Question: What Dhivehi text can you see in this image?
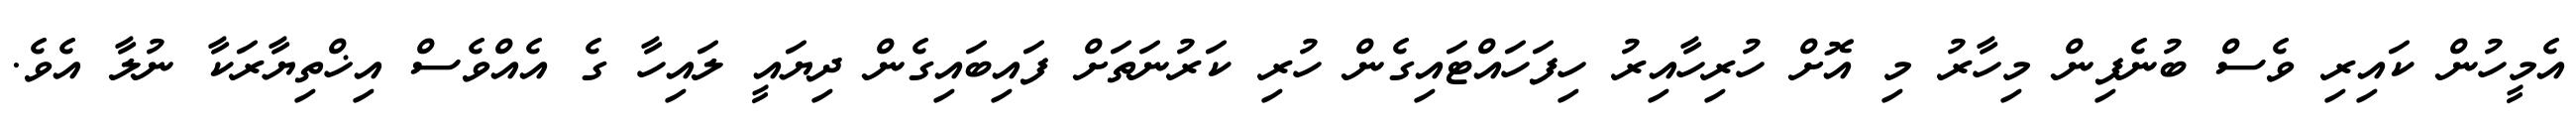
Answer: އެމީހުން ކައިރި ވެސް ބުނެފިން މިހާރު މި އޮށް ހުރިހާއިރު ހިފަހައްޓައިގެން ހުރި ކަރުނަތަށް ފައިބައިގެން ދިޔައީ ލައިހާ ގެ އެއްވެސް އިޚްތިޔާރަކާ ނުލާ އެވެ.